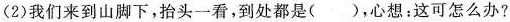
(2)我们来到山脚下，抬头一看，到处都是()，心想：这可怎么办?